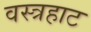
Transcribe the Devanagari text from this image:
वस्त्रहाट